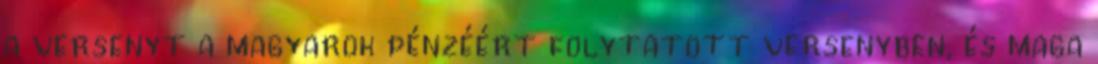
a versenyt a magyarok pénzéért folytatott versenyben, és maga